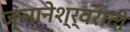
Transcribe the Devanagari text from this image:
ज्ञानेश्र्वरादी